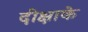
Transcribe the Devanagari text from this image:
दीक्षाके